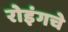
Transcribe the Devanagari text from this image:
रोइंगचे